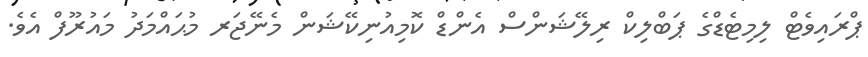
ޕްރައިވެޓް ލިމިޓެޑްގެ ޕަބްލިކް ރިލޭޝަންސް އެންޑް ކޮމިއުނިކޭޝަން މެނޭޖަރ މުޙައްމަދު މައުރޫފް އެވެ.